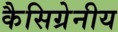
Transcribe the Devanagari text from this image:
कैसिग्रेनीय